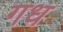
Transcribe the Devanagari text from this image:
गध